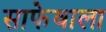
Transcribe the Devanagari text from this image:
साफेवाला